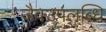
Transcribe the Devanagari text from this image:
जैवउपलब्धि